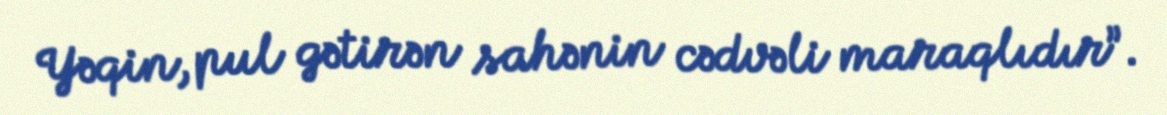
Yəqin, pul gətirən sahənin cədvəli maraqlıdır”.